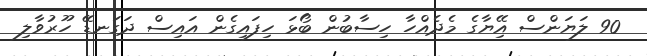
90 ލަޔަންސް އޭިޔާގެ މެދެއްހާ ހިސާބުން ބޯޅަ ހިފައިގެން އައިސް ދަގަނޑޭ ހޫރުވާލި